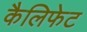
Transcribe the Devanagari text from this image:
कैलिफेट